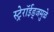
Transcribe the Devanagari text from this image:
स्ट्रेरॉईड्जमुळे